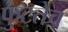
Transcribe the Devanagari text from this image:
फुटतेच